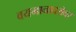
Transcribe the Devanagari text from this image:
वयमानाबरोबर